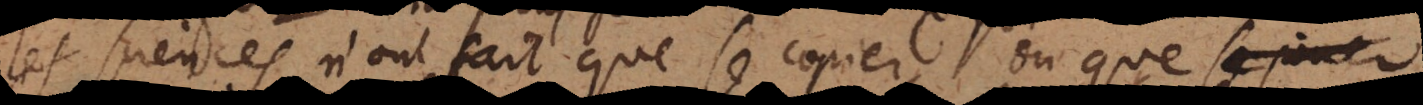
les sciences n’ont fait que se copier, ou que se jouir